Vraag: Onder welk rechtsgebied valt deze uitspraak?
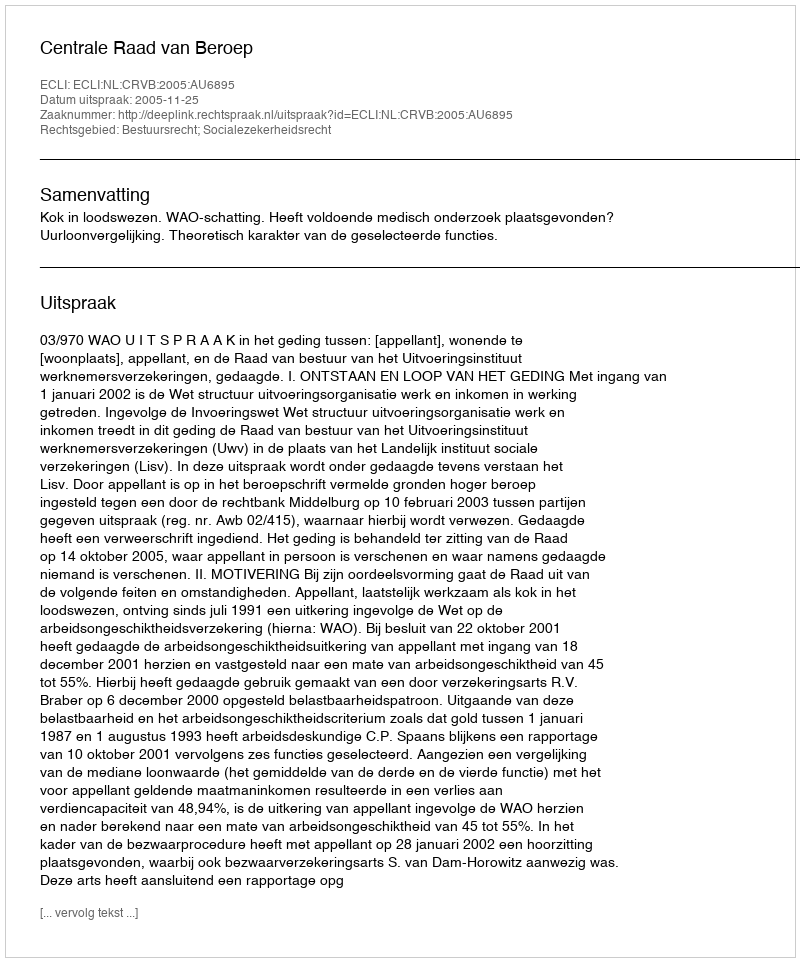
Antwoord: Bestuursrecht; Socialezekerheidsrecht